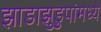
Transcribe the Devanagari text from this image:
झाडाझुडुपांमध्ये